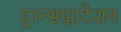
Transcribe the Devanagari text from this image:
ट्रान्सप्लाटेशन